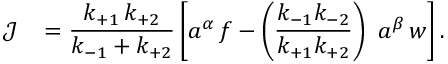
\mathcal { J } ^ { \mathrm { ~ \, ~ } } = \frac { k _ { + 1 } \, k _ { + 2 } } { k _ { - 1 } + k _ { + 2 } } \left[ a ^ { \alpha } \, f - \left( \frac { k _ { - 1 } k _ { - 2 } } { k _ { + 1 } k _ { + 2 } } \right) ~ a ^ { \beta } \, w \right] .